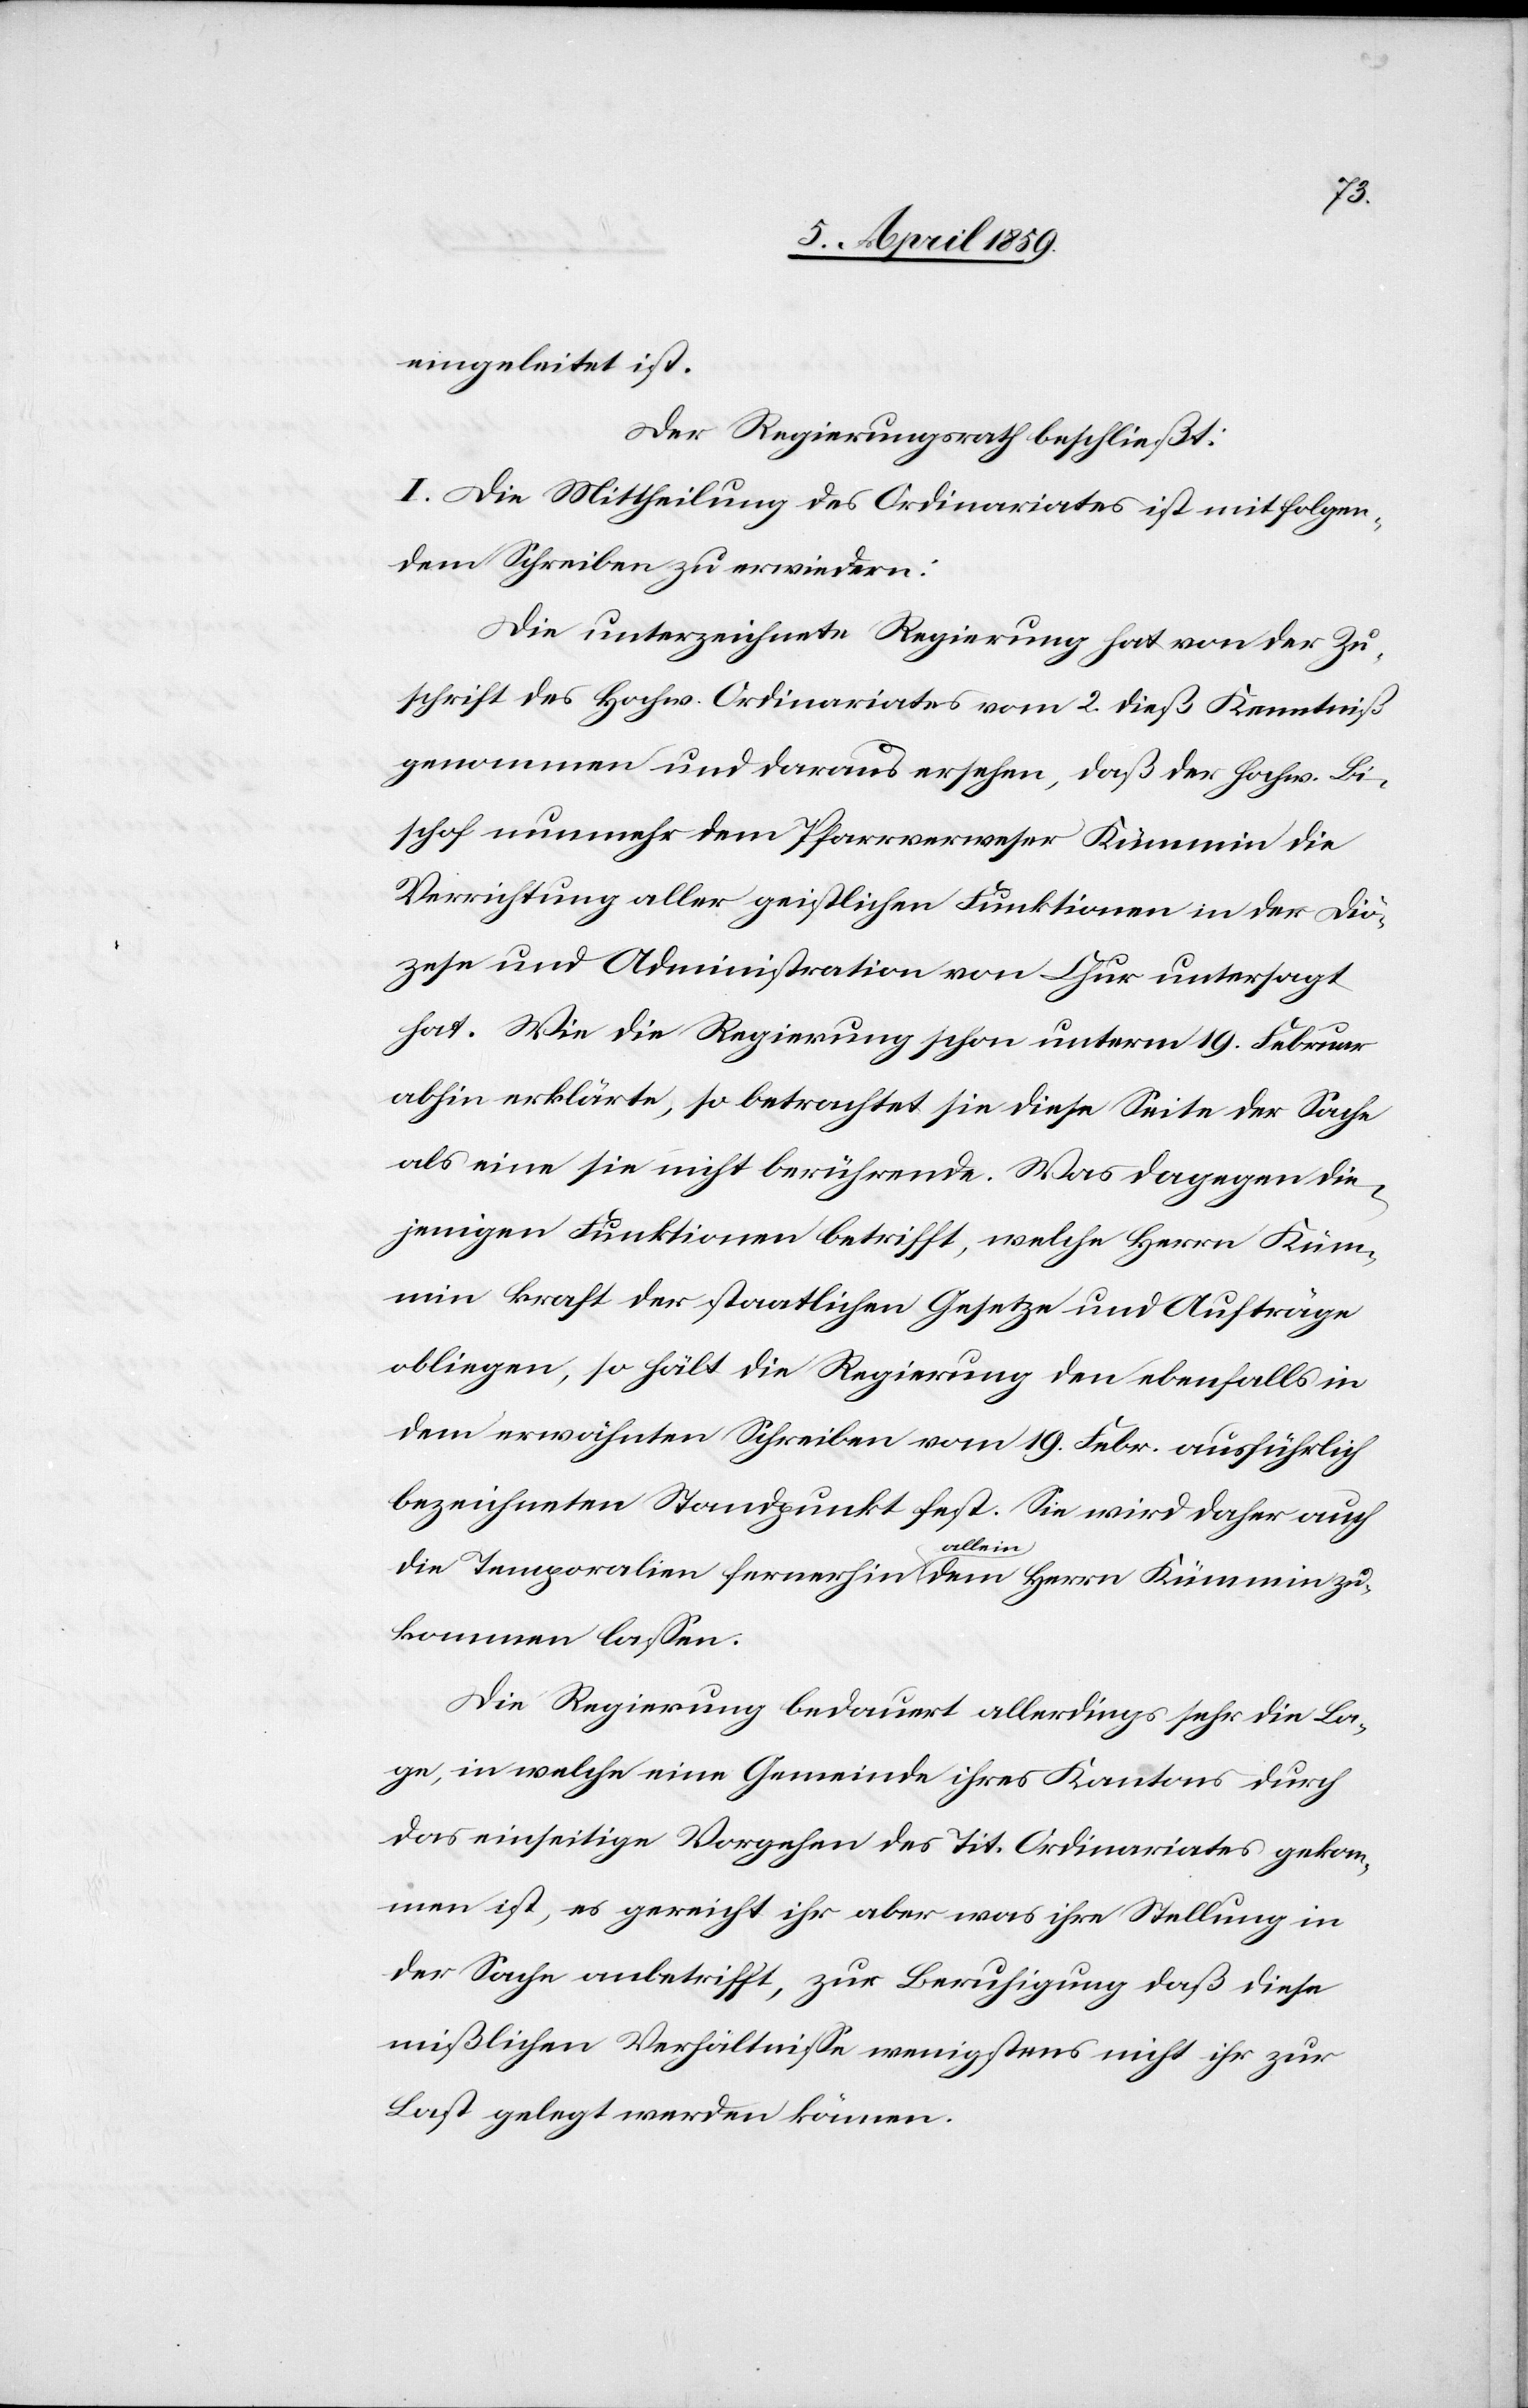
eingeleitet ist.
Der Regierungsrath beschließt:
I. Die Mittheilung des Ordinariates ist mit folgen¬
dem Schreiben zu erwiedern:
Die unterzeichnete Regierung hat von der Zu¬
schrift des hochw. Ordinariates vom 2. dieß Kenntniß
genommen und daraus ersehen, daß der hochw. Bi¬
schof nunmehr dem Pfarrverweser Kümmin die
Verrichtung aller geistlichen Funktionen in der Diö¬
zese und Administration von Chur untersagt
hat. Wie die Regierung schon unterm 19. Februar
abhin erklärt, so betrachtet sie diese Seite der Sache
als eine sie nicht berührende. Was dagegen die¬
jenigen Funktionen betrifft, welche Herrn Küm¬
min kraft der staatlichen Gesetze und Aufträge
obliegen, so hält die Regierung den ebenfalls in
dem erwähnten Schreiben vom 19. Febr. ausführlich
bezeichneten Standpunkt fest. Sie wird daher auch
die Temporalien fernerhin allein dem Herrn Kümmin zu¬
kommen laßen.
Die Regierung bedauert allerdings sehr die La¬
ge, in welche eine Gemeinde ihres Kantons durch
das einseitige Vorgehen des Tit. Ordinariates gekom¬
men ist, es gereicht ihr aber was ihre Stellung in
der Sache anbetrifft, zur Beruhigung daß diese
mißlichen Verhältniße wenigstens nicht ihr zur
Last gelegt werden können.